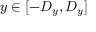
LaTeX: y \in [ - D _ { y } , D _ { y } ]